Report of the Indian Hemp Drugs Commission, 1894-1895 - Volume IV
Year: 1894
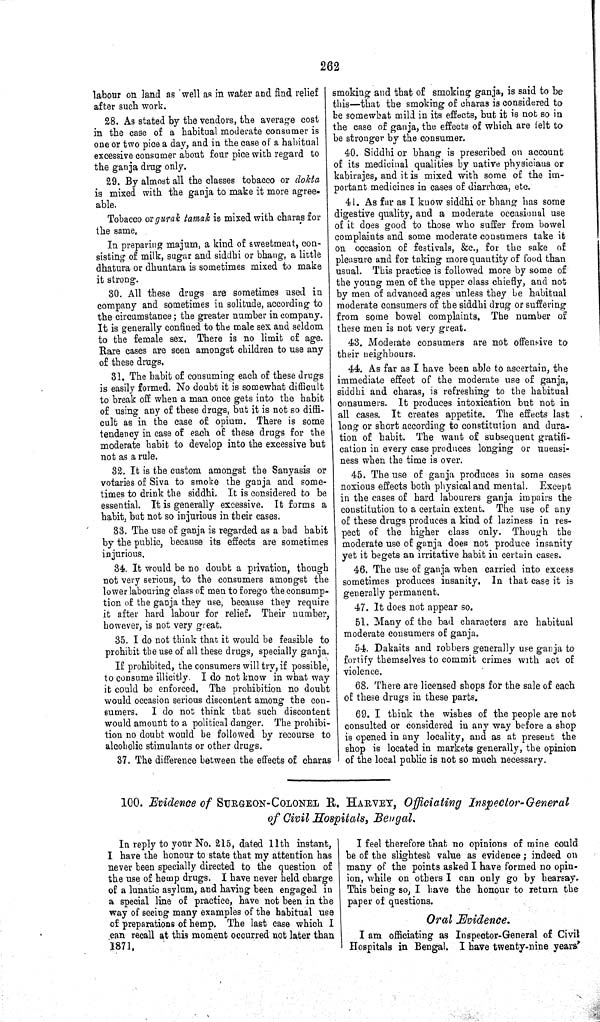
262
labour on land as well as in water and find relief
after such work.
28. As stated by the vendors, the average cost
in the case of a habitual moderate consumer is
one or two pice a day, and in the case of a habitual
excessive consumer about four pice with regard to
the ganja drug only.
29. By almost all the classes tobacco or dokta
is mixed with the ganja to make it more agree-
able.
Tobacco or gurak tamak is mixed with charas for
the same.
In preparing majum, a kind of sweetmeat, con-
sisting of milk, sugar and siddhi or bhang, a little
dhatura or dhuntara is sometimes mixed to make
it strong.
30. All these drugs are sometimes used in
company and sometimes in solitude, according to
the circumstance; the greater number in company.
It is generally confined to the male sex and seldom
to the female sex. There is no limit of age.
Rare cases are seen amongst children to use any
of these drugs.
31. The habit of consuming each of these drugs
is easily formed. No doubt it is somewhat difficult
to break off when a man once gets into the habit
of using any of these drugs, but it is not so diffi-
cult as in the case of opium. There is some
tendency in case of each of these drugs for the
moderate habit to develop into the excessive but
not as a rule.
32. It is the custom amongst the Sanyasis or
votaries of Siva to smoke the ganja and some-
times to drink the siddhi, It is considered to be
essential. It is generally excessive. It forms a
habit, but not so injurious in their cases.
33. The use of ganja is regarded as a bad habit
by the public, because its effects are sometimes
injurious.
34. It would be no doubt a privation, though
not very serious, to the consumers amongst the
lower labouring class of men to forego the consump-
tion of the ganja they use, because they require
it after hard labour for relief. Their number,
however, is not very great.
35. I do not think that it would be feasible to
prohibit the use of all these drugs, specially ganja.
If prohibited, the consumers will try, if possible,
to consume illicitly. I do not know in what way
it could be enforced. The prohibition no doubt
would occasion serious discontent among the con-
sumers. I do not think that such discontent
would amount to a political danger. The prohibi-
tion no doubt would be followed by recourse to
alcoholic stimulants or other drugs.
37. The difference between the effects of charas
smoking and that of smoking ganja, is said to be
this—that the smoking of charas is considered to
be somewhat mild in its effects, but it is not so in
the case of ganja, the effects of which are felt to
be stronger by the consumer.
40. Siddhi or bhang is prescribed on account
of its medicinal qualities by native physicians or
kabirajes, and it is mixed with some of the im-
portant medicines in cases of diarrhœa, etc.
41. As far as I know siddhi or bhang has some
digestive quality, and a moderate occasional use
of it does good to those who suffer from bowel
complaints and some moderate consumers take it
on occasion of festivals, &c., for the sake of
pleasure and for taking more quantity of food than
usual. This practice is followed more by some of
the young men of the upper class chiefly, and not
by men of advanced ages unless they be habitual
moderate consumers of the siddhi drug or suffering
from some bowel complaints. The number of
these men is not very great.
43. Moderate consumers are not offensive to
their neighbours.
44. As far as I have been able to ascertain, the
immediate effect of the moderate use of ganja,
siddhi and charas, is refreshing to the habitual
consumers. It produces intoxication but not in
all cases. It creates appetite. The effects last
long or short according to constitution and dura-
tion of habit. The want of subsequent gratifi-
cation in every case produces longing or uneasi-
ness when the time is over.
45. The use of ganja produces in some cases
noxious effects both physical and mental. Except
in the cases of hard labourers ganja impairs the
constitution to a certain extent. The use of any
of these drugs produces a kind of laziness in res-
pect of the higher class only. Though the
moderate use of ganja does not produce insanity
yet it begets an irritative habit in certain cases.
46. The use of ganja when carried into excess
sometimes produces insanity. In that case it is
generally permanent.
47.It does not appear so.
51. Many of the bad characters are habitual
moderate consumers of ganja.
54. Dakaits and robbers generally use ganja to
fortify themselves to commit crimes with act of
violence.
68. There are licensed shops for the sale of each
of these drugs in these parts.
69. I think the wishes of the people are not
consulted or considered in any way before a shop
is opened in any locality, and as at present the
shop is located in markets generally, the opinion
of the local public is not so much necessary.
100. Evidence of SURGEON-COLONEL R. HARVEY, Officiating Inspector-General
of Civil Hospitals, Bengal.
In reply to your No. 215, dated 11th instant,
I have the honour to state that my attention has
never been specially directed to the question of
the use of hemp drugs. I have never held charge
of a lunatic asylum, and having been engaged in
a special line of practice, have not been in the
way of seeing many examples of the habitual use
of preparations of hemp. The last case which I
can recall at this moment occurred not later than
1871.
I feel therefore that no opinions of mine could
be of the slightest value as evidence; indeed on
many of the points asked I have formed no opin-
ion, while on others I can only go by hearsay.
This being so, I have the honour to return the
paper of questions.
Oral Evidence.
I am officiating as Inspector-General of Civil
Hospitals in Bengal. I have twenty-nine years'